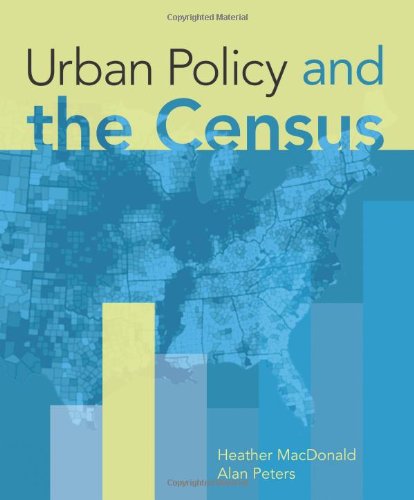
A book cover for Urban Policy and the Census; Heather MacDonald; Politics & Social Sciences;